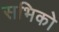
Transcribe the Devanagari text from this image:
सभिको